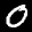
Digit: 0